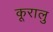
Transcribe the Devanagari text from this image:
कूरालु